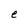
Character: e